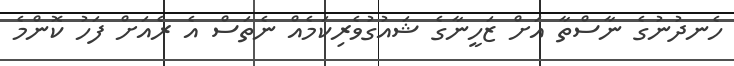
ހެނދުނުގެ ނާސްތާ އަށް ޒަހީނާގެ ޝައުގުވެރިކަމެއް ނެތަސް އެ ރެއަށް ފަހު ކޮންމެ